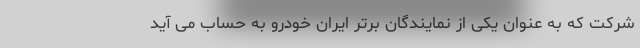
شرکت که به عنوان یکی از نمایندگان برتر ایران خودرو به حساب می آید